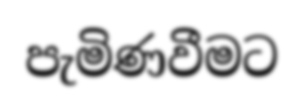
පැමිණවීමට